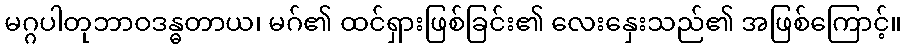
မဂ္ဂပါတုဘာဝဒန္ဓတာယ၊ မဂ်၏ ထင်ရှားဖြစ်ခြင်း၏ လေးနှေးသည်၏ အဖြစ်ကြောင့်။